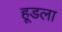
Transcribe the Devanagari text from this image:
हूडला